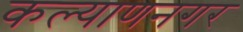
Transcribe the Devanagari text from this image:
कल्याणनगर